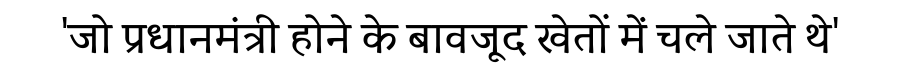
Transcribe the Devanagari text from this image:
'जो प्रधानमंत्री होने के बावजूद खेतों में चले जाते थे'